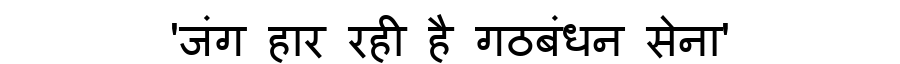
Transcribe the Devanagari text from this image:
'जंग हार रही है गठबंधन सेना'